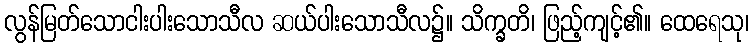
လွန်မြတ်သောငါးပါးသောသီလ ဆယ်ပါးသောသီလ၌။ သိက္ခတိ၊ ဖြည့်ကျင့်၏။ ထေရေသု၊